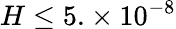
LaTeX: H\leq 5.\times 10^{-8}